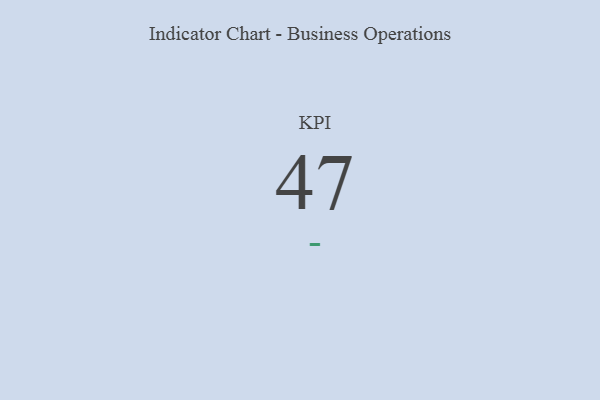
{"axis": {"x": "KPI", "y": "Value"}, "legend": [""], "data": [{"x": "KPI", "y": 47, "type": ""}]}